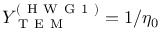
Y _ { \mathrm { ~ T ~ E ~ M ~ } } ^ { ( \mathrm { ~ H ~ W ~ G ~ 1 ~ } ) } = 1 / \eta _ { 0 }